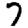
Digit: 7